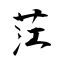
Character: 茳